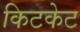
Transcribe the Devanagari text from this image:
किटकेट